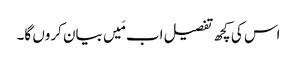
اس کی کچھ تفصیل اب مَیں بیان کروں گا۔